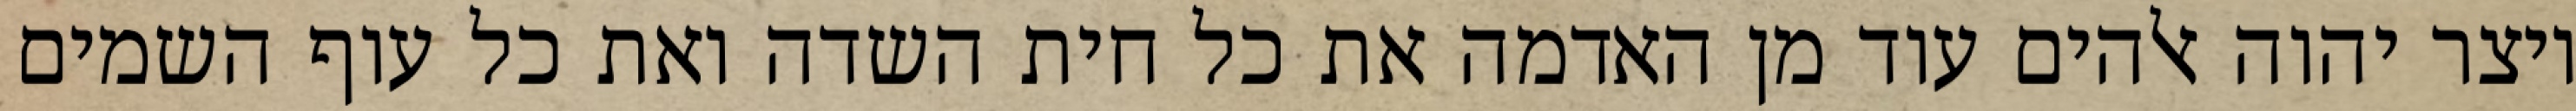
ויצר יהוה אלהים עוד מן האדמה את כל חית השדה ואת כל עוף השמים